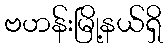
ဗဟန်းမြို့နယ်ရှိ